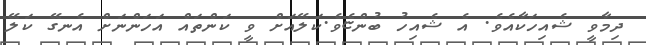
ދިމާވީ ޝެއިހަކާއެވެ. އެ ޝެއިހު ބުންޏެވެ.ކަލޭއަށް ވީ ކަންތައް އަހަންނަށް އެނގޭ ކަލޭ